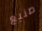
صنيع